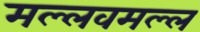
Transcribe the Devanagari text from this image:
मल्लवमल्ल